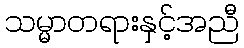
သမ္မာတရားနှင့်အညီ